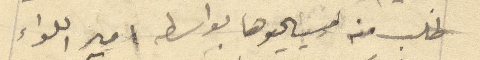
طلب منه مسيحيوها بواسطه امير اللواء